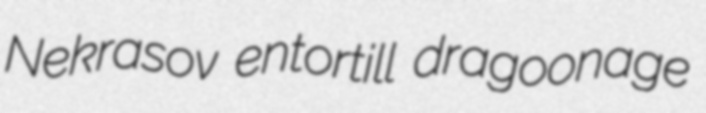
Nekrasov entortill dragoonage